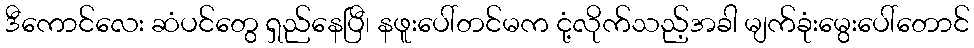
ဒီကောင်လေး ဆံပင်တွေ ရှည်နေပြီ၊ နဖူးပေါ်တင်မက ငုံ့လိုက်သည့်အခါ မျက်ခုံးမွေးပေါ်တောင်